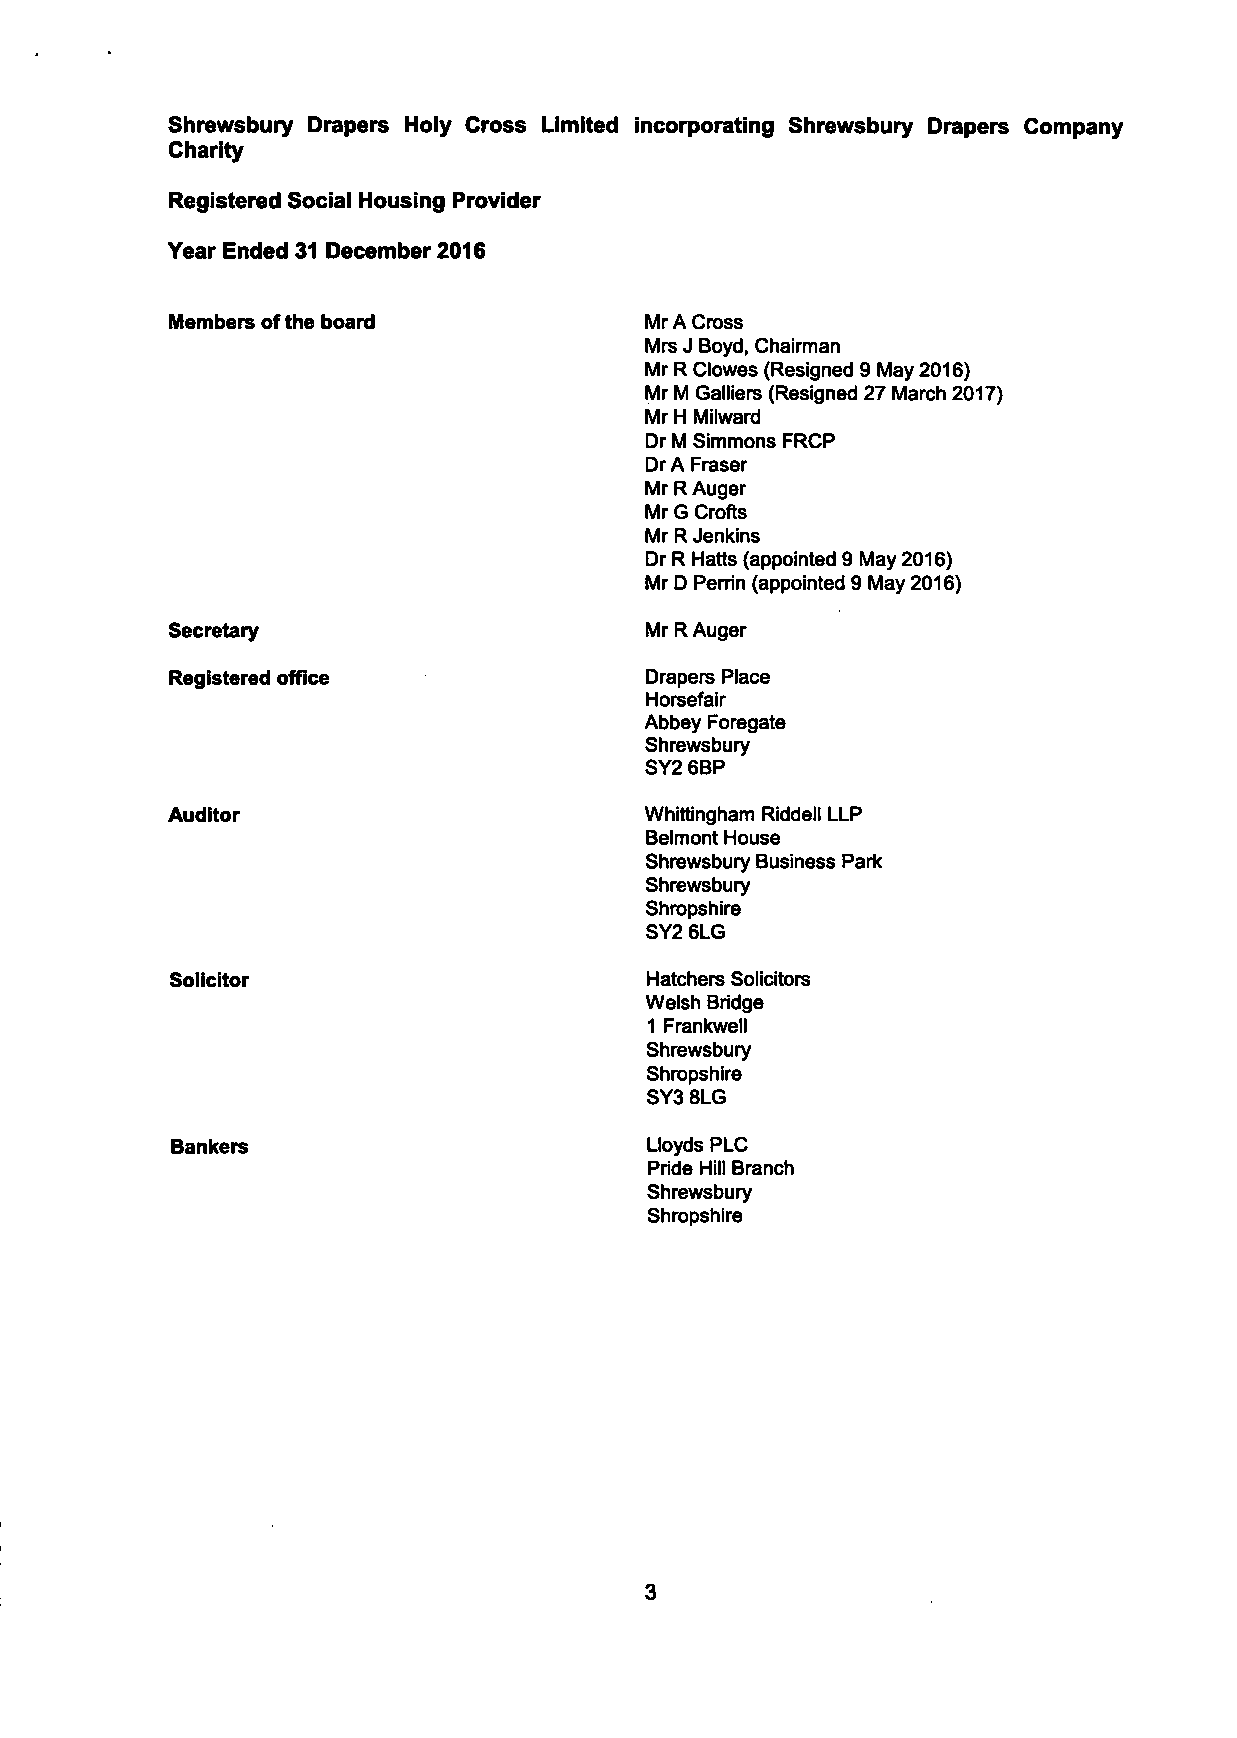
Shrewsbury Drapers Holy Cross Limited incorporating Shrewsbury Drapers Company
 Charity
 Registered Social Housing Provider
 Year Ended 31 December 2016
 Members ofthe board             Mr A Cross
 Mrs J Boyd, Chairman
 Mr R Clowes (Resigned 9 May 2016)
 Mr M Galliers (Resigned 27 March 2017)
 Mr H Milward
 Dr M Simmons FRCP
 Dr A Fraser
 Mr R Auger
 Mr G Crofts
 Mr R Jenkins
 Dr R Hatts (appointed 9 May 2016)
 Mr D Perrin (appointed 9 May 2016)
 Secretary                       Mr R Auger
 Registered office               Drapers Place
 Horsefair
 Abbey Foregate
 Shrewsbury
 SY2 6BP
 Auditor                         Whittingham Riddell LLP
 Belmont House
 Shrewsbury Business Park
 Shrewsbury
 Shropshire
 SY2 6LG
 Solicitor                       Hatchers Solicitors
 Welsh Bridge
 1 Frankwell
 Shrewsbury
 Shropshire
 SY3 8LG
 Bankers                         Lloyds PLC
 Pride Hill Branch
 Shrewsbury
 Shropshire
 3